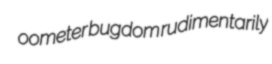
oometer bugdom rudimentarily